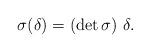
LaTeX: \begin{align*}\sigma(\delta)=(\det \sigma) \ \delta.\end{align*}